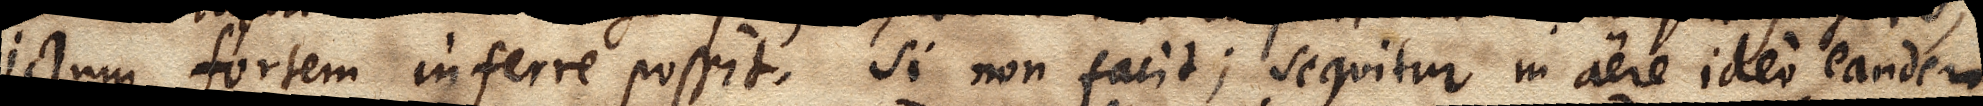
ictum fortem inferre possit. Si non facit; sequitur in aere ideo eandem